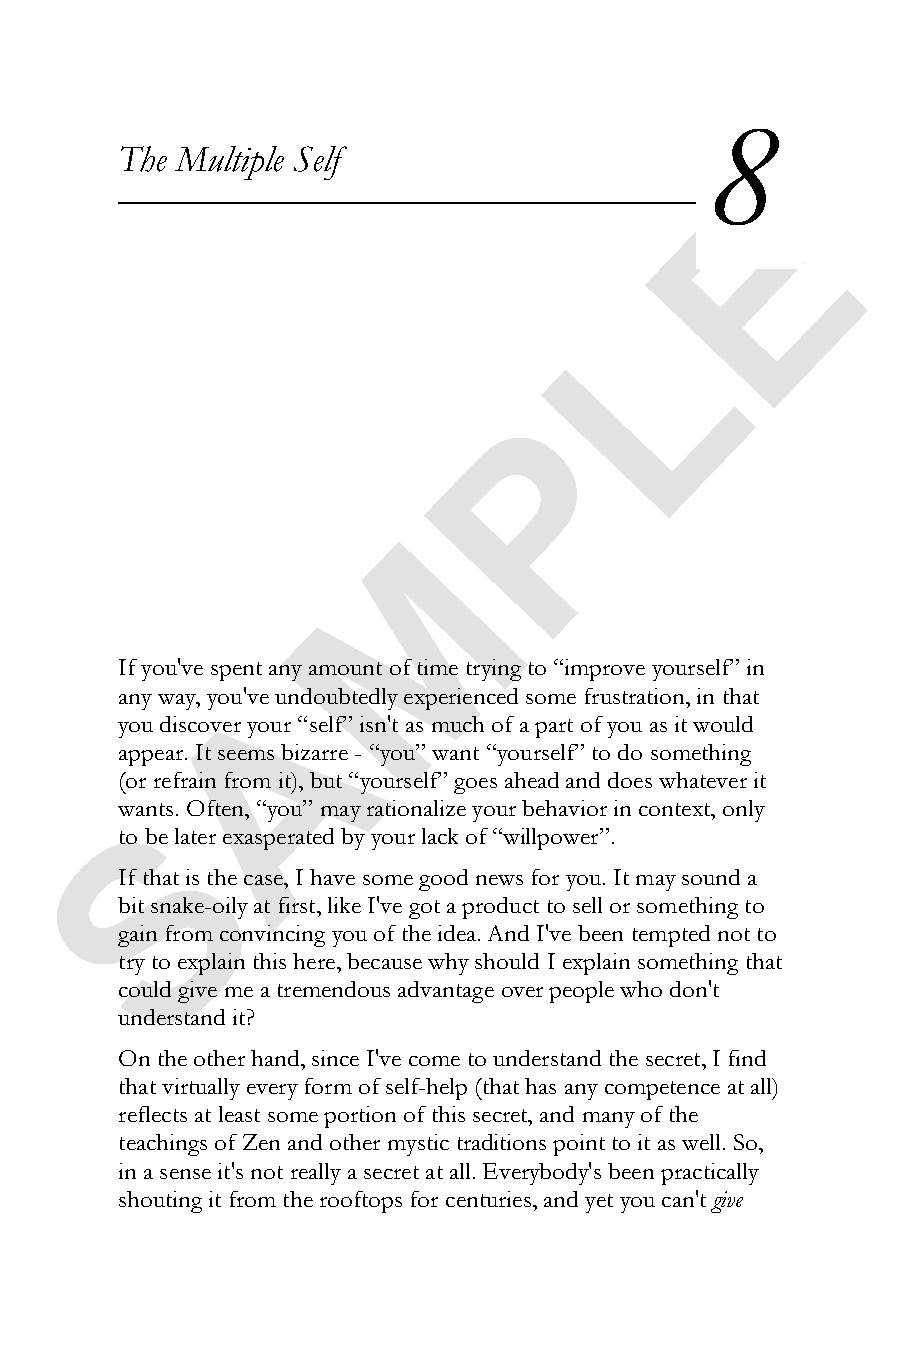
8
 The Multiple Self
 E
 L
 P
 M
 If you've spent any amount of time trying to “improve yourself” in
 A
 any way, you've undoubtedly experienced some frustration, in that
 you discover your “self” isn't as much of a part of you as it would
 appear. It seems bizarre - “you” want “yourself” to do something
 (or refrain from it), but “yourself” goes ahead and does whatever it
 wSants. Often, “you” may rationalize your behavior in context, only
 to be later exasperated by your lack of “willpower”.
 If that is the case, I have some good news for you. It may sound a
 bit snake-oily at first, like I've got a product to sell or something to
 gain from convincing you of the idea. And I've been tempted not to
 try to explain this here, because why should I explain something that
 could give me a tremendous advantage over people who don't
 understand it?
 On the other hand, since I've come to understand the secret, I find
 that virtually every form of self-help (that has any competence at all)
 reflects at least some portion of this secret, and many of the
 teachings of Zen and other mystic traditions point to it as well. So,
 in a sense it's not really a secret at all. Everybody's been practically
 shouting it from the rooftops for centuries, and yet you can'tgive